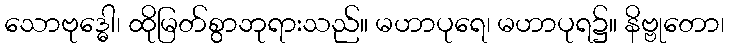
သောဗုဒ္ဓေါ၊ ထိုမြတ်စွာဘုရားသည်။ မဟာပုရေ၊ မဟာပုရ၌။ နိဗ္ဗုတော၊